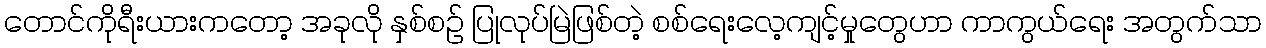
တောင်ကိုရီးယားကတော့ အခုလို နှစ်စဉ် ပြုလုပ်မြဲဖြစ်တဲ့ စစ်ရေးလေ့ကျင့်မှုတွေဟာ ကာကွယ်ရေး အတွက်သာ